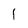
Character: 1